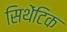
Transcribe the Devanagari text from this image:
सिथेंटिक